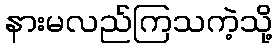
နားမလည်ကြသကဲ့သို့